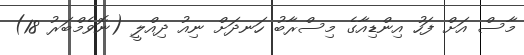
މާސް އަށް ފަހު އިންޑިއާގެ މިސްރާބު ހަނދަށް ނިއު ދިއްލީ (ނޮވެމްބަރު 18)